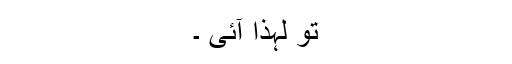
تو لہذا آئی ۔